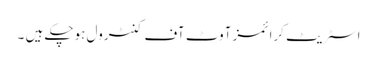
اسٹریٹ کرائمز آوٹ آف کنٹرول ہوچکے ہیں ۔